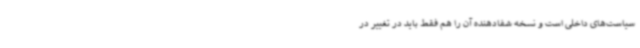
سیاست‌های داخلی است و نسخه شفادهنده آن را هم فقط باید در تغییر در